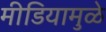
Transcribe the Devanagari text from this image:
मीडियामुळे